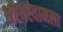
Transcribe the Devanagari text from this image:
शस्यश्यामला